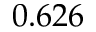
0 . 6 2 6